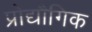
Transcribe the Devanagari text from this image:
प्रोद्यौगिक